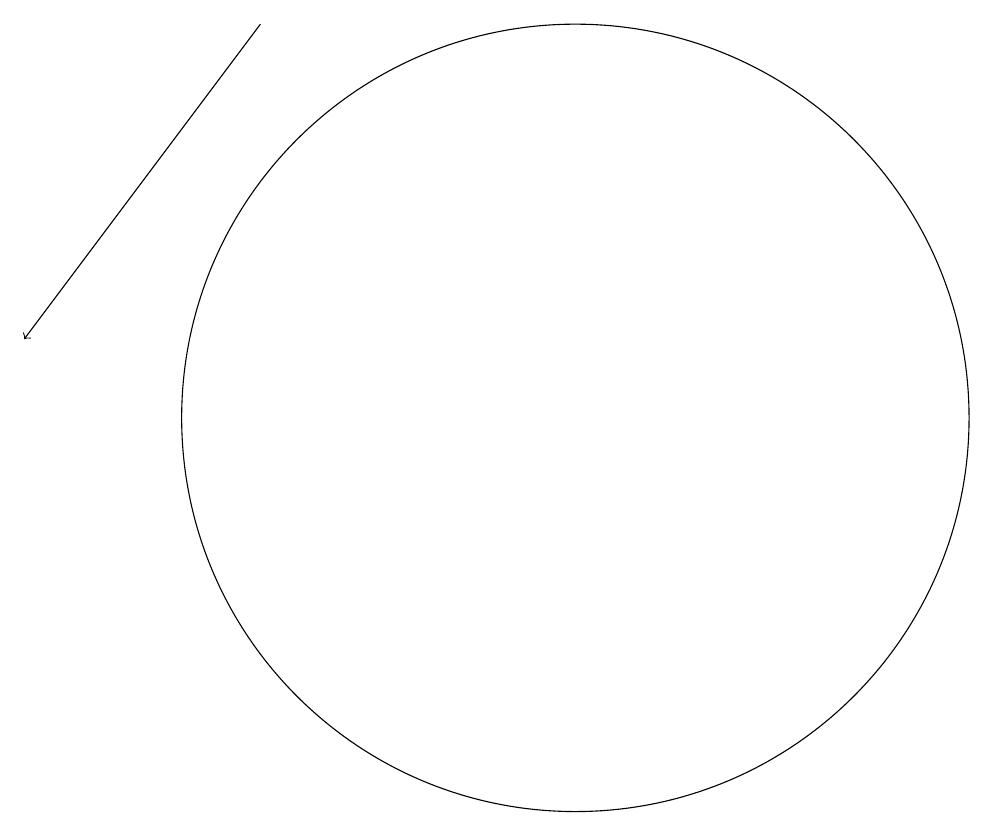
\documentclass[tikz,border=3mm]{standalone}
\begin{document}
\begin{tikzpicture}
\draw (11,11) circle (0);
\draw[->] (6,15) -- (3,11);
\draw (10,10) circle (5);
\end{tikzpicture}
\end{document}